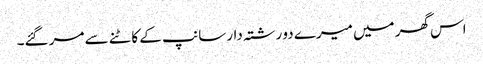
اس گھر میں میرے دو رشتہ دار سانپ کے کاٹنے سے مر گئے۔